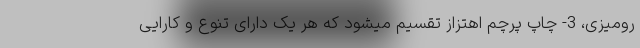
رومیزی، 3- چاپ پرچم اهتزاز تقسیم میشود که هر یک دارای تنوع و کارایی